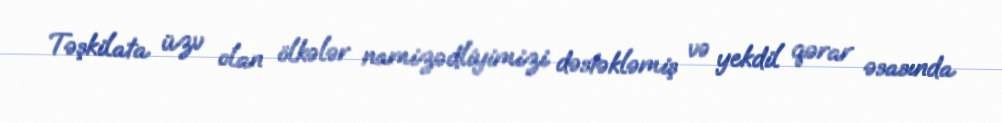
Təşkilata üzv olan ölkələr namizədliyimizi dəstəkləmiş və yekdil qərar əsasında